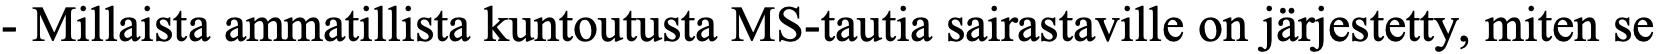
- Millaista ammatillista kuntoutusta MS-tautia sairastaville on järjestetty, miten se